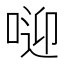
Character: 𠶐